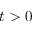
t > 0